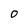
Character: O